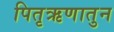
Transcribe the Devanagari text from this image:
पितृऋणातुन